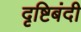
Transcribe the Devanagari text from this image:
दृष्टिबंदी